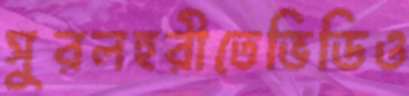
সুরলহরীতেভিডিও